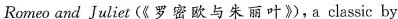
Romeo and Juliet (《 罗密欧与朱丽叶》),a classic by